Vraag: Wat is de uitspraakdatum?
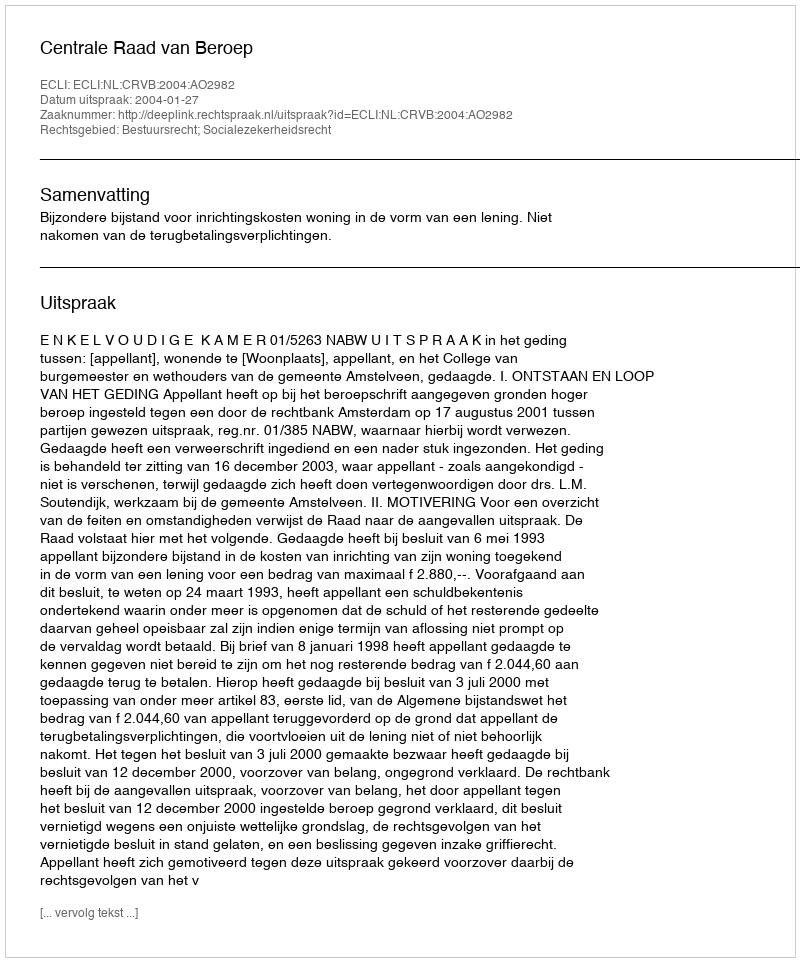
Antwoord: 2004-01-27